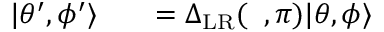
\begin{array} { r l r } { | \theta ^ { \prime } , \phi ^ { \prime } \rangle } & { { } } & { = { \Delta } _ { \mathrm { L R } } ( { \it \Delta \phi } , \pi ) | \theta , \phi \rangle } \end{array}